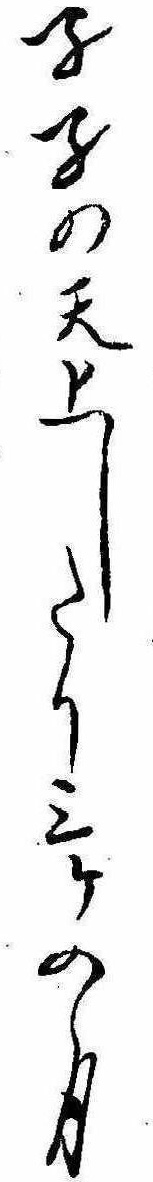
孑孑の天上したり三ケの月